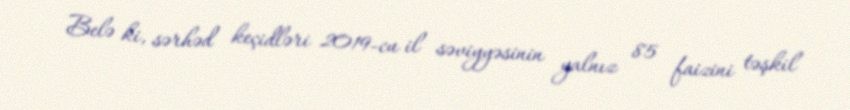
Belə ki, sərhəd keçidləri 2019-cu il səviyyəsinin yalnız 85 faizini təşkil